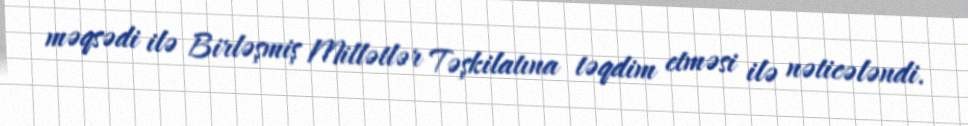
məqsədi ilə Birləşmiş Millətlər Təşkilatına təqdim etməsi ilə nəticələndi.